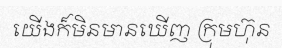
យើងក៏មិនមានឃើញ ក្រុមហ៊ុន